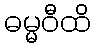
ဓမ္မဝီထိ